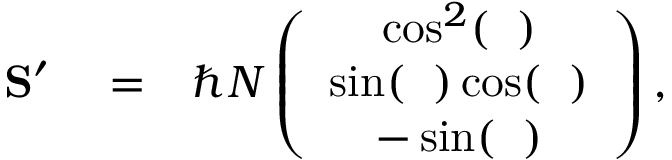
\begin{array} { r l r } { { \bf S } ^ { \prime } } & { { } = } & { \hbar N \left( \begin{array} { c } { \cos ^ { 2 } ( { \it \Delta \phi } ) } \\ { \sin ( { \it \Delta \phi } ) \cos ( { \it \Delta \phi } ) } \\ { - \sin ( { \it \Delta \phi } ) } \end{array} \right) , } \end{array}